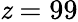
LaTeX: \mathit{z}=99